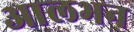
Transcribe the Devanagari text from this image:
आलभन